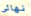
نهائى